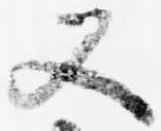
又